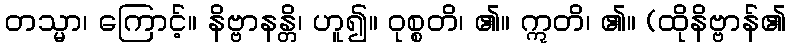
တသ္မာ၊ ကြောင့်။ နိဗ္ဗာနန္တိ၊ ဟူ၍။ ဝုစ္စတိ၊ ၏။ ဣတိ၊ ၏။ (ထိုနိဗ္ဗာန်၏